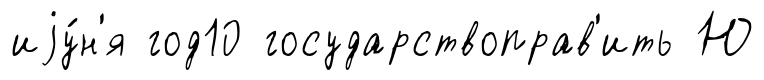
иjу́н'я год10 государствоправ'ить Ю